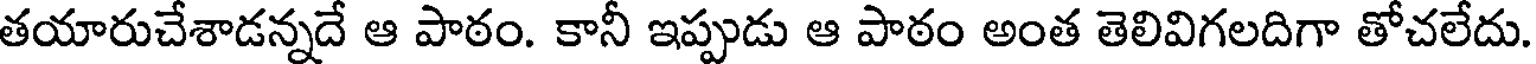
తయారుచేశాడన్నదే ఆ పాఠం. కానీ ఇప్పుడు ఆ పాఠం అంత తెలివిగలదిగా తోచలేదు